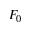
F _ { 0 }